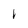
Character: i